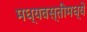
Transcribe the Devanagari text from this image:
मध्यवस्तीमध्ये